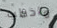
ماخطب